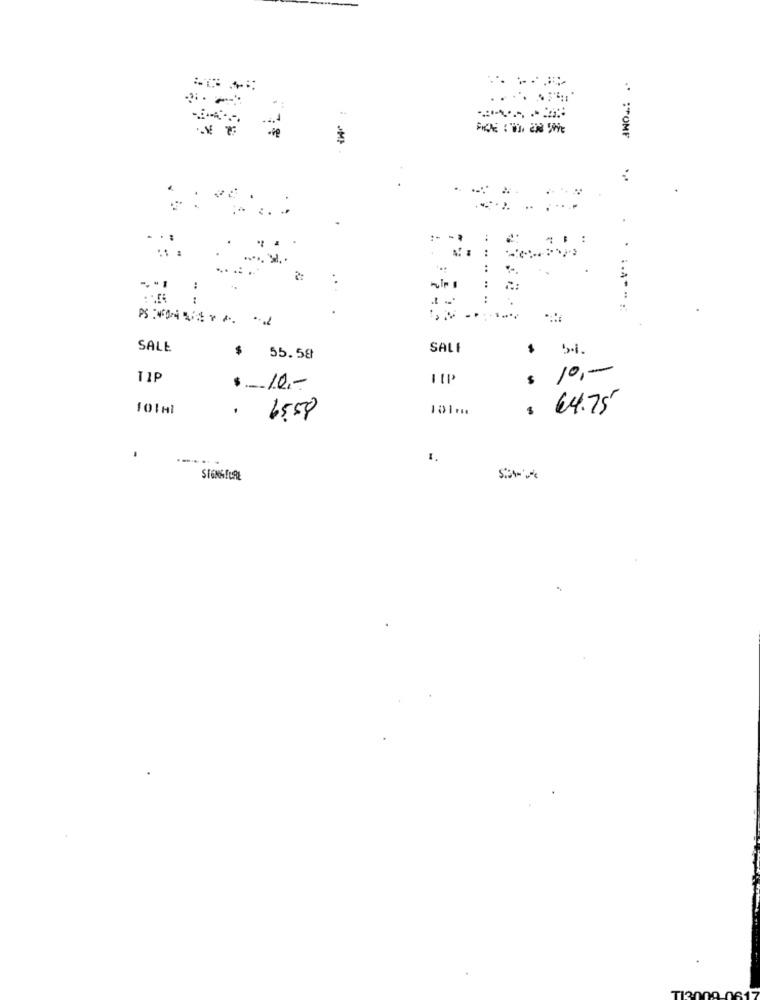
..
SALE
$
SALI
$
55.58
11P
$ 10 ,-
$ 10 ,-
101 ...
$ 64.75
. 65.58
1.